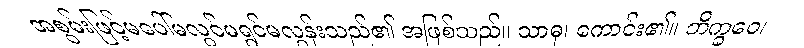
အစွမ်းဖြင့်မပေါ်မလွင်မရွင်မလွန်းသည်၏ အဖြစ်သည်။ သာဓု၊ ကောင်း၏။ ဘိက္ခဝေ၊